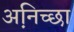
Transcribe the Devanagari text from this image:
अनि़च्छा